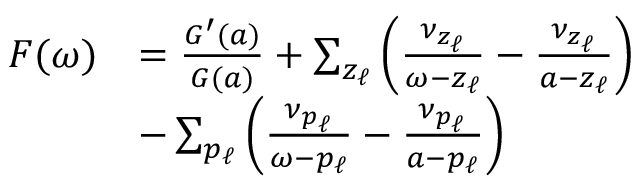
\begin{array} { r } { \begin{array} { r l } { F ( \omega ) } & { = \frac { G ^ { \prime } ( a ) } { G ( a ) } + \sum _ { z _ { \ell } } \left( \frac { \nu _ { z _ { \ell } } } { \omega - z _ { \ell } } - \frac { \nu _ { z _ { \ell } } } { a - z _ { \ell } } \right) } \\ & { - \sum _ { p _ { \ell } } \left( \frac { \nu _ { p _ { \ell } } } { \omega - p _ { \ell } } - \frac { \nu _ { p _ { \ell } } } { a - p _ { \ell } } \right) } \end{array} } \end{array}